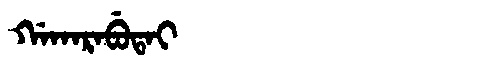
Manchu: ᡤᠠᡴᠠᡵᠠᠪᡠᡨᠠᡳ
Romanization: GAKARABUTAI